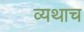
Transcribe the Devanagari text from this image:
व्यथाच